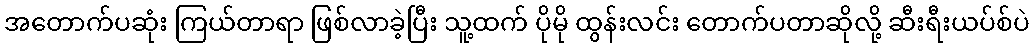
အတောက်ပဆုံး ကြယ်တာရာ ဖြစ်လာခဲ့ပြီး သူ့ထက် ပိုမို ထွန်းလင်း တောက်ပတာဆိုလို့ ဆီးရီးယပ်စ်ပဲ